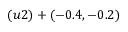
( u 2 ) + ( - 0 . 4 , - 0 . 2 )